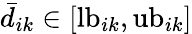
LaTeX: \bar{d}_{ik}\in[\mathrm{lb}_{ik},\mathrm{ub}_{ik}]